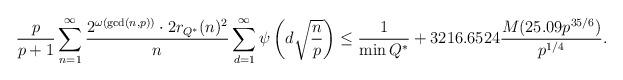
LaTeX: \begin{align*} \dfrac{p}{p+1} \displaystyle\sum_{n=1}^\infty \dfrac{2^{\omega(\gcd(n,p))} \cdot 2r_{Q^\ast}(n)^2}{n} \displaystyle\sum_{d=1}^\infty \psi \left( d\sqrt{\dfrac{n}{p}} \right) \leq \frac{1}{\min Q^{*}} + 3216.6524 \frac{M(25.09p^{35/6})}{p^{1/4}}.\end{align*}